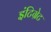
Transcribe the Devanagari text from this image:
इंटिग्रेट